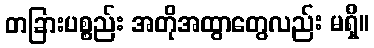
တခြားပစ္စည်း အတိုအထွာတွေလည်း မရှိ။